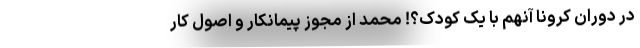
در دوران کرونا آنهم با یک کودک؟! محمد از مجوز پیمانکار و اصول کار